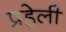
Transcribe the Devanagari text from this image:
प्रहेली